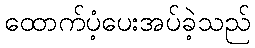
ထောက်ပံ့ပေးအပ်ခဲ့သည်